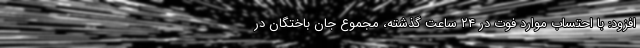
افزود: با احتساب موارد فوت در ۲۴ ساعت گذشته، مجموع جان باختگان در